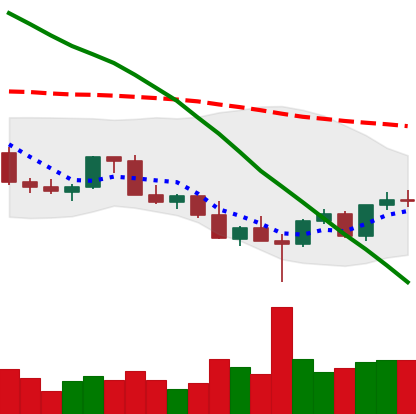
Ticker: LINK-USD
Chart end date: 2022-03-02
Forward return: -16.883%
Label: down_7plus